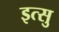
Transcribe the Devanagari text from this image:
इत्सु